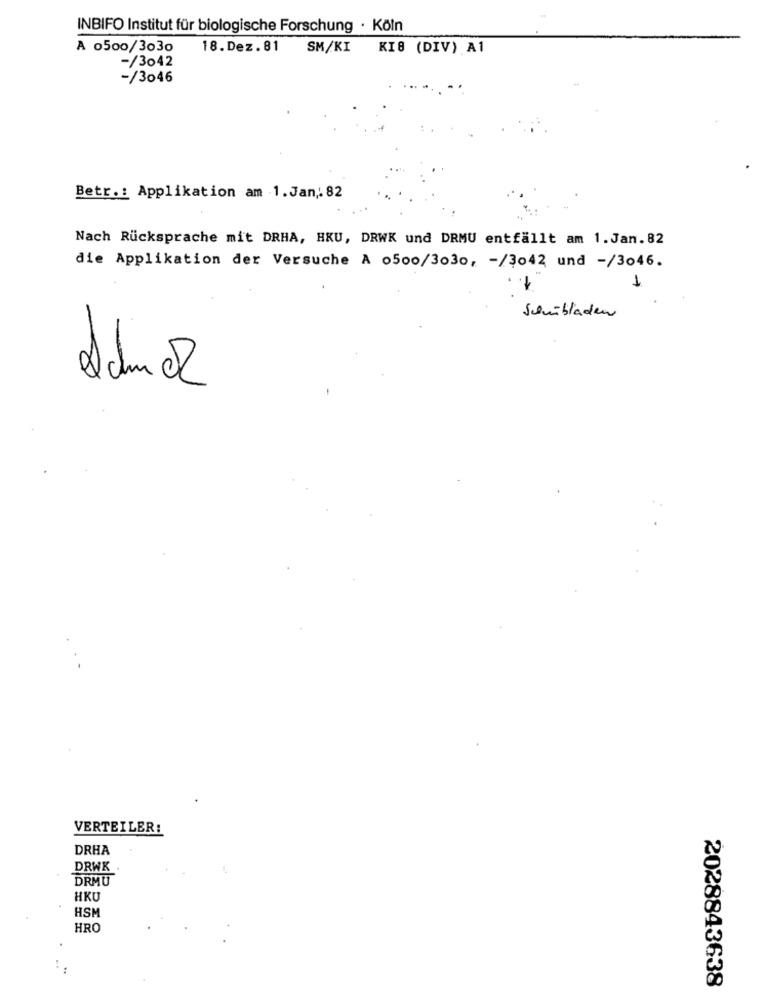
INBIFO Institut für biologische Forschung · Köln
A 0500/3030
18.Dez.81 SM/KI
KI8 (DIV) A1
-/3042
-/3046
Betr .: Applikation am 1. Jan ,: 82
Nach Rücksprache mit DRHA, HKU, DRWK und DRMU entfällt am 1.Jan. 82
die Applikation der Versuche A 0500/3030, - /3042 und -/3046.
1.
1
Schübladen
8
VERTEILER:
DRHA
DRWK
DRMU
HKU
HSM
HRO
2028843638